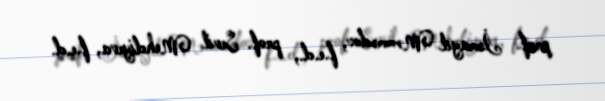
prof. İsmayıl Məmmədov, f.e.d., prof. Sevil Mehdiyeva, f.e.d.